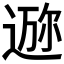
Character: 𱚧